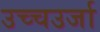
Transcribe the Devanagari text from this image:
उच्चउर्जा